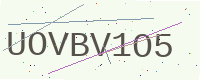
Text: UOVBV1O5